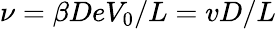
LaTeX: \nu=\beta DeV_{0}/L=vD/L